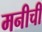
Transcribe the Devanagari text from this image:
मनीची